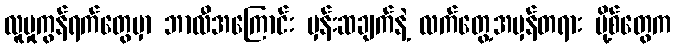
လူမှုကွန်ရက်တွေမှာ ဘာလီအကြောင်း မှန်းဆချက်နဲ့ လက်တွေ့အမှန်တရား ပို့စ်တွေက